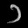
Digit: ၁